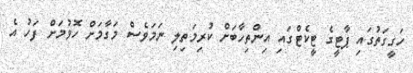
ހަގީގަތުގައި ޕާޓީގެ ޓީކެޓްގައި އިންތިހާބަށް ކުރިމަތިިލި ނަމަވެސް މަގާމަށް ހޮވުމަށް ފަހު އެ